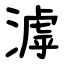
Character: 滹